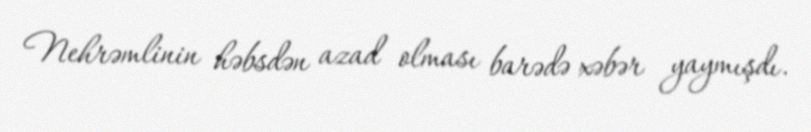
Nehrəmlinin həbsdən azad olması barədə xəbər yaymışdı.